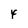
Character: 4